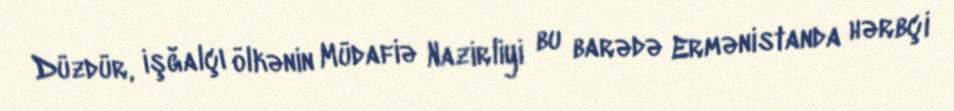
Düzdür, işğalçı ölkənin Müdafiə Nazirliyi bu barədə Ermənistanda hərbçi